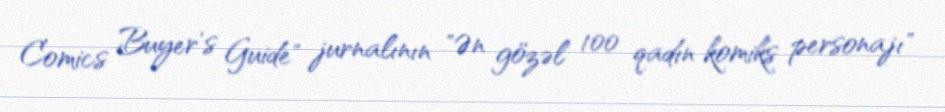
Comics Buyer's Guide" jurnalının "Ən gözəl 100 qadın komiks personajı"